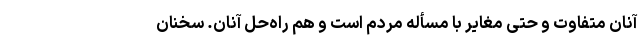
آنان متفاوت و حتی مغایر با مسأله مردم است و هم راه‌حل آنان. سخنان